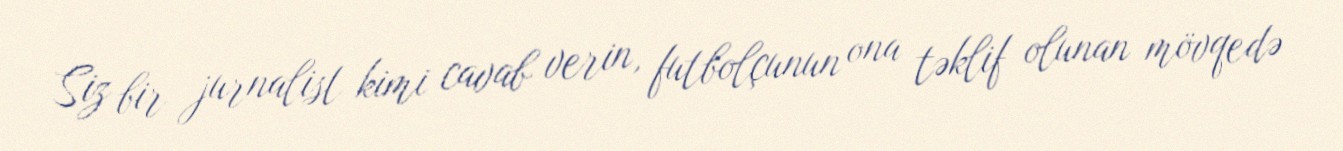
Siz bir jurnalist kimi cavab verin, futbolçunun ona təklif olunan mövqedə